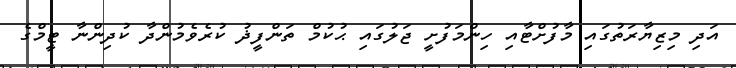
އަދި މިޒިޔާރަތުގައި މާފުށްޓާއި ހިންމަފުށީ ޖަލުގައި ޙުކުމް ތަންފީޛު ކުރެވެމުންދާ ކުދިންނާ ޓީމްގެ